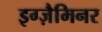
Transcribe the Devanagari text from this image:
इग्ज़ैमिनर